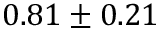
0 . 8 1 \pm 0 . 2 1